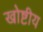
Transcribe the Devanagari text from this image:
खोष्टीय